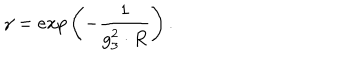
LaTeX: \gamma = e x p \left( - \frac { 1 } { g _ { 3 } ^ { 2 } \cdot R } \right) .